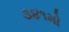
૩૪૧મો